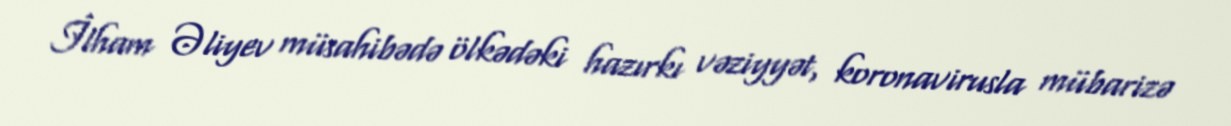
İlham Əliyev müsahibədə ölkədəki hazırkı vəziyyət, koronavirusla mübarizə